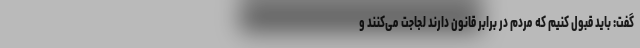
گفت: باید قبول کنیم که مردم در برابر قانون دارند لجاجت می‌کنند و